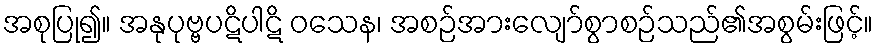
အစုပြု၍။ အနုပုဗ္ဗပဋိပါဋိ ဝသေန၊ အစဉ်အားလျော်စွာစဉ်သည်၏အစွမ်းဖြင့်။